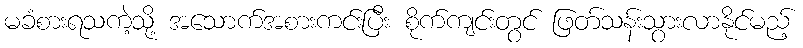
မခံစားရသကဲ့သို့ အသောက်အစားကင်းပြီး စိုက်ကျင်းတွင် ဖြတ်သန်းသွားလာနိုင်မည့်